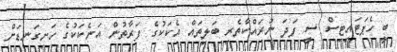
ބީ ހެޕަޓައިޓިސް ސީ ފަދަ ނުރައްކާތެރި ބަލިތައް އެކަކުގެ ފަރާތުން އަނެކަކުގެ ހަށިގަނޑަށް